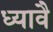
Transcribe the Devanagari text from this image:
ध्यावै